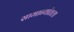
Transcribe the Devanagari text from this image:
सामान्यांतला